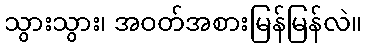
သွားသွား၊ အဝတ်အစားမြန်မြန်လဲ။